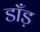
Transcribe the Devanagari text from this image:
डाँड़